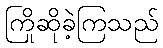
ကြိုဆိုခဲ့ကြသည်